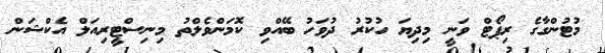
މުޓުންގާގެ ރިޕޯޓް ވަނީ މިދިޔަ ހުކުރު ދުވަހު ބޭއްވި ކޮމަންވެލްތު މިނިސްޓީރިއަލް އެކްޝަން